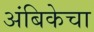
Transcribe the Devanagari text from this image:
अंबिकेचा